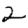
Digit: 2